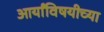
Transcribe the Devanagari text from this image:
आर्यांविषयीच्या